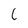
Character: 6